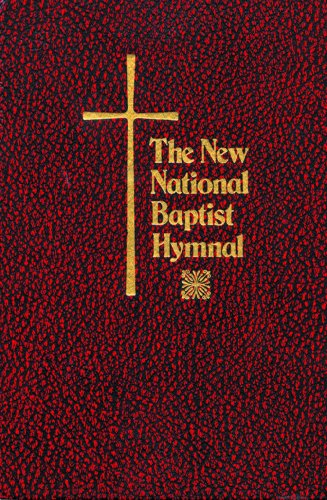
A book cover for New National Baptist Hymnal; Christian Books & Bibles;